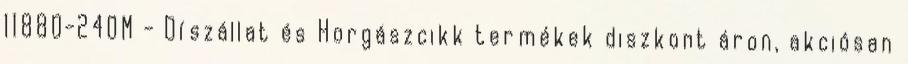
11880-240M - Díszállat és Horgászcikk termékek diszkont áron, akciósan